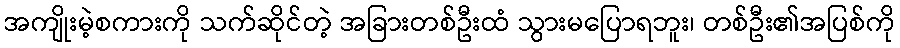
အကျိုးမဲ့စကားကို သက်ဆိုင်တဲ့ အခြားတစ်ဦးထံ သွားမပြောရဘူး၊ တစ်ဦး၏အပြစ်ကို